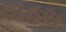
વાહરા